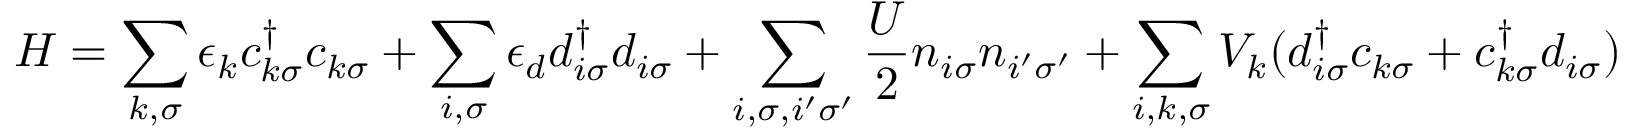
H = \sum _ { k , \sigma } \epsilon _ { k } c _ { k \sigma } ^ { \dagger } c _ { k \sigma } + \sum _ { i , \sigma } \epsilon _ { d } d _ { i \sigma } ^ { \dagger } d _ { i \sigma } + \sum _ { i , \sigma , i ^ { \prime } \sigma ^ { \prime } } { \frac { U } { 2 } } n _ { i \sigma } n _ { i ^ { \prime } \sigma ^ { \prime } } + \sum _ { i , k , \sigma } V _ { k } ( d _ { i \sigma } ^ { \dagger } c _ { k \sigma } + c _ { k \sigma } ^ { \dagger } d _ { i \sigma } )